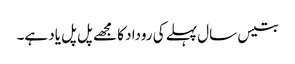
بتیس سال پہلے کی روداد کا مجھے پل پل یاد ہے۔